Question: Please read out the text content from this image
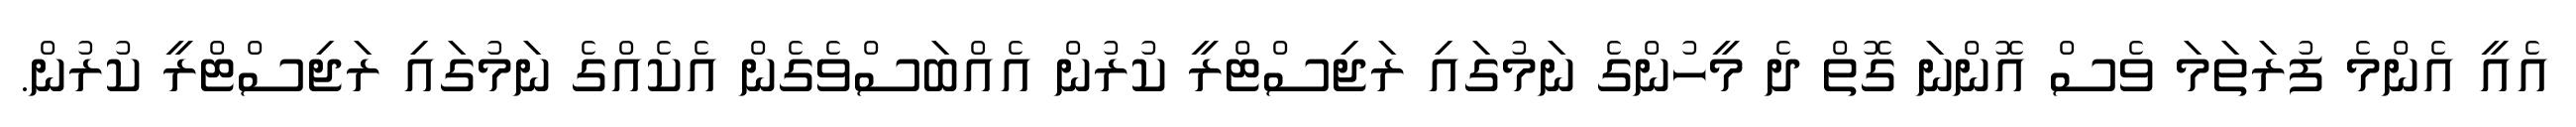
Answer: އެއީ އެންމެ ފުރަތަމަ ވެސް އޮންނަ ގޮތް ދެ މީހުންގެ ނަމުގައި ރަޖިސްޓްރީ ކުރުން އެއްބަސްވެގެން އެކެއްގެ ނަމުގައި ރަޖިސްޓްރީ ކުރުން.